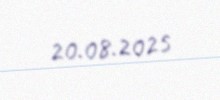
20.08.2025